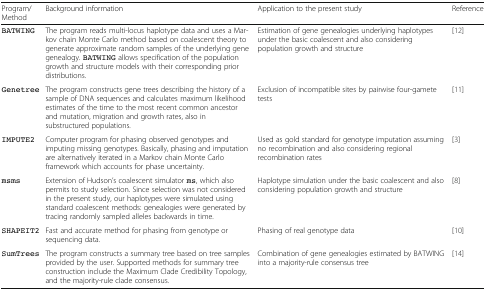
| Program/Method | Background information | Application to the present study | Reference |
 | --- | --- | --- | --- |
 | BATWING | The program reads multi-locus haplotype data and uses a Markov chain Monte Carlo method based on coalescent theory to generate approximate random samples of the underlying gene genealogy. BATWING allows specification of the population growth and structure models with their corresponding prior distributions. | Estimation of gene genealogies underlying haplotypes under the basic coalescent and also considering population growth and structure | [12] |
 | Genetree | The program constructs gene trees describing the history of a sample of DNA sequences and calculates maximum likelihood estimates of the time to the most recent common ancestor and mutation, migration and growth rates, also in substructured populations. | Exclusion of incompatible sites by pairwise four-gamete tests | [11] |
 | IMPUTE2 | Computer program for phasing observed genotypes and imputing missing genotypes. Basically, phasing and imputation are alternatively iterated in a Markov chain Monte Carlo framework which accounts for phase uncertainty. | Used as gold standard for genotype imputation assuming no recombination and also considering regional recombination rates | [3] |
 | msms | Extension of Hudson’s coalescent simulator ms, which also permits to study selection. Since selection was not considered in the present study, our haplotypes were simulated using standard coalescent methods: genealogies were generated by tracing randomly sampled alleles backwards in time. | Haplotype simulation under the basic coalescent and also considering population growth and structure | [8] |
 | SHAPEIT2 | Fast and accurate method for phasing from genotype or sequencing data. | Phasing of real genotype data | [10] |
 | SumTrees | The program constructs a summary tree based on tree samples provided by the user. Supported methods for summary tree construction include the Maximum Clade Credibility Topology, and the majority-rule clade consensus. | Combination of gene genealogies estimated by BATWING into a majority-rule consensus tree | [14] |